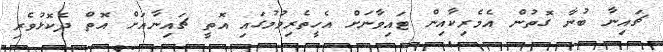
ޗައިނާ ބުނާ ގޮތުން އެމެރިކާއިން ޓައިވާނަށް އެހީތެރިވުމުގައި އޮތީ ޗައިނާއަށް އޮޮތް ދެކޮޅުވެރި